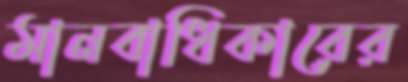
মানবাধিকারের